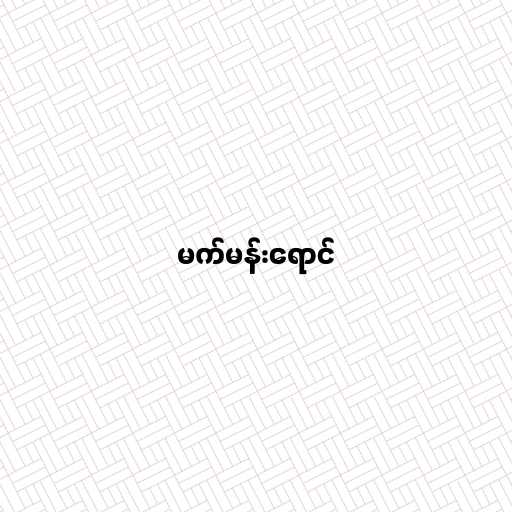
မက်မန်းရောင်